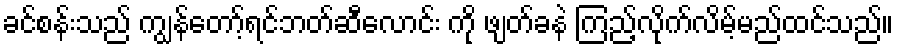
ခင်စန်းသည် ကျွန်တော့်ရင်ဘတ်ဆီလောင်း ကို ဖျတ်ခနဲ ကြည့်လိုက်လိမ့်မည်ထင်သည်။